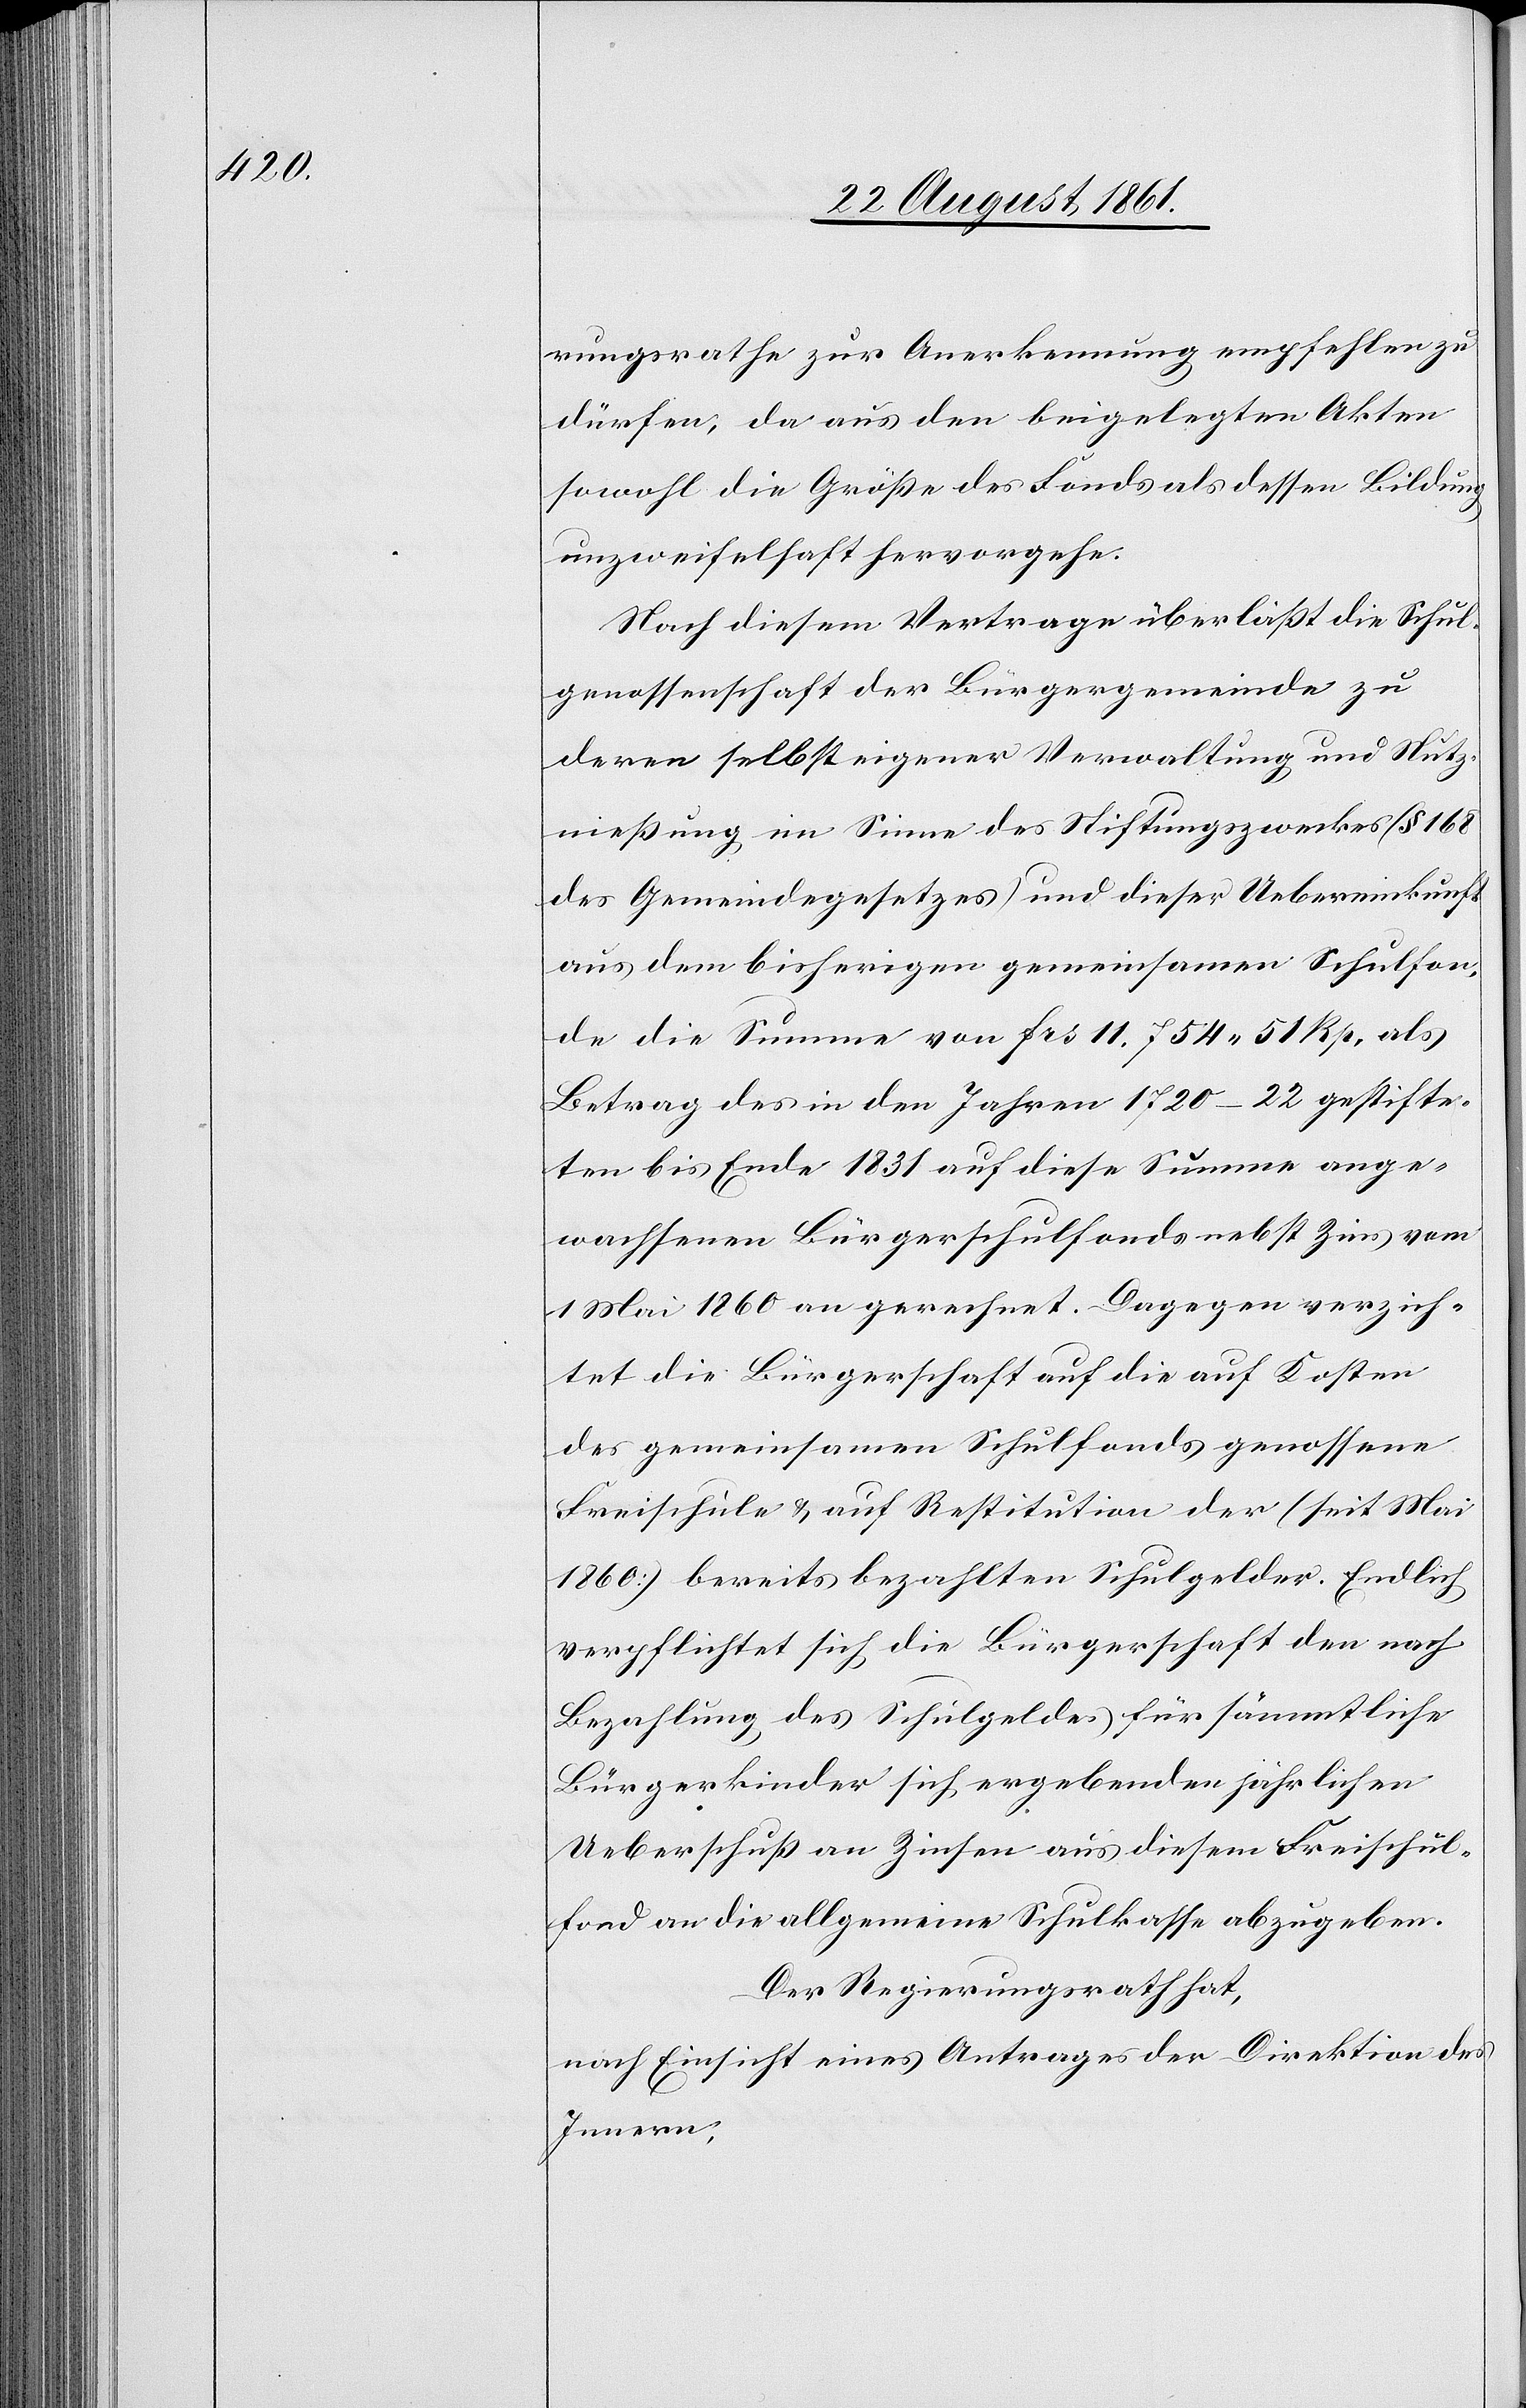
rungsrathe zur Anerkennung empfehlen zu
dürfen, da aus den beigelegten Akten
sowohl die Größe des Landes als dessen Bildung
unzweifelhaft hervorgehe.
Nach diesem Vertrage überläßt die Schul¬
genossenschaft der Bürgergemeinde zu
deren selbsteigener Verwaltung und Nutz¬
nießung im Sinne des Stiftungszweckes (§ 168
des Gemeindegesetzes) und dieser Uebereinkunft
aus dem bisherigen gemeinsamen Schulfon¬
de die Summe von frs. 11. 754. 51 Rp., als
Betrag des in den Jahren 1720–22 gestifte¬
ten bis Ende 1831 auf diese Summe ange¬
wachsenen Bürgerschulfonds nebst Zins vom
1 Mai 1860 an gerechnet. Dagegen verzich¬
tet die Bürgerschaft auf die auf Kosten
des gemeinsamen Schuldfonds genossene
Freischule u. auf Restitution der (seit Mai
1860) bereits bezahlten Schulgelder. Endlich
verpflichtet sich die Bürgerschaft den nach
Bezahlung des Schulgeldes für sämmtliche
Bürgerkinder sich ergebenden jährlichen
Ueberschuß an Zinsen aus diesem Freischul¬
fond an die allgemeine Schulkasse abzugeben.
Der Regierungsrath hat,
nach Einsicht eines Antrages der Direktion des
Innern,